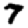
Digit: 7